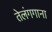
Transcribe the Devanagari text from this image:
तेलंगगाना